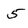
Character: 5